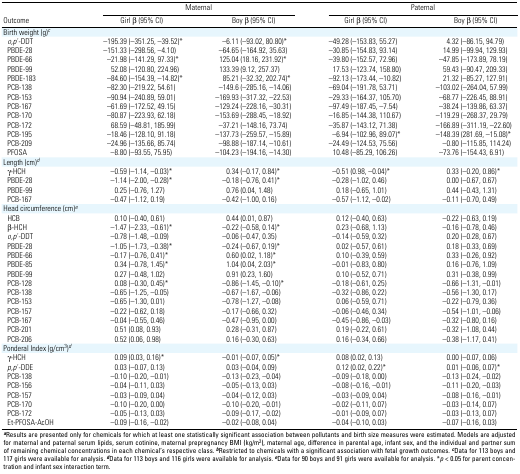
<table><thead><tr><td rowspan="2"><b>Outcome</b></td><td colspan="2"><b>Maternal</b></td><td colspan="2"><b>aternal</b></td></tr><tr><td><b>Girl β (95% CI)</b></td><td><b>Boy β (95% CI)</b></td><td><b>Girl β (95% CI)</b></td><td><b>Boy β (95% CI)</b></td></tr></thead><tbody><tr><td><b>Birth weight (g)<sup><i>c</i></sup></b></td></tr><tr><td><b><i>o,p</i> ́-DDT</b></td><td>–195.39 (–351.25, –39.52)*</td><td>–6.11 (–93.02, 80.80)*</td><td>–49.28 (–153.83, 55.27)</td><td>4.32 (–86.15, 94.79)</td></tr><tr><td><b>PBDE-28</b></td><td>–151.33 (–298.56, –4.10)</td><td>–64.65 (–164.92, 35.63)</td><td>–30.85 (–154.83, 93.14)</td><td>14.99 (–99.94, 129.93)</td></tr><tr><td><b>PBDE-66</b></td><td>–21.98 (–141.29, 97.33)*</td><td>125.04 (18.16, 231.92)*</td><td>–39.80 (–152.57, 72.96)</td><td>–47.85 (–173.89, 78.19)</td></tr><tr><td><b>PBDE-99</b></td><td>52.08 (–120.80, 224.96)</td><td>133.39 (9.12, 257.37)</td><td>17.53 (–123.74, 158.80)</td><td>59.43 (–90.47, 209.33)</td></tr><tr><td><b>PBDE-183</b></td><td>–84.60 (–154.39, –14.82)*</td><td>85.21 (–32.32, 202.74)*</td><td>–92.13 (–173.44, –10.82)</td><td>21.32 (–85.27, 127.91)</td></tr><tr><td><b>PCB-138</b></td><td>–82.30 (–219.22, 54.61)</td><td>–149.6 (–285.16, –14.06)</td><td>–69.04 (–191.78, 53.71)</td><td>–103.02 (–264.04, 57.99)</td></tr><tr><td><b>PCB-153</b></td><td>–90.94 (–240.89, 59.01)</td><td>–169.93 (–317.32, –22.53)</td><td>–29.33 (–164.37, 105.70)</td><td>–68.77 (–226.45, 88.91)</td></tr><tr><td><b>PCB-167</b></td><td>–61.69 (–172.52, 49.15)</td><td>–129.24 (–228.16, –30.31)</td><td>–97.49 (–187.45, –7.54)</td><td>–38.24 (–139.86, 63.37)</td></tr><tr><td><b>PCB-170</b></td><td>–80.87 (–223.93, 62.18)</td><td>–153.69 (–288.45, –18.92)</td><td>–16.85 (–144.38, 110.67)</td><td>–119.29 (–268.37, 29.79)</td></tr><tr><td><b>PCB-172</b></td><td>68.59 (–48.81, 185.99)</td><td>–37.21 (–148.16, 73.74)</td><td>–35.87 (–143.12, 71.38)</td><td>–166.89 (–311.19, –22.60)</td></tr><tr><td><b>PCB-195</b></td><td>–18.46 (–128.10, 91.18)</td><td>–137.73 (–259.57, –15.89)</td><td>–6.94 (–102.96, 89.07)*</td><td>–148.39 (281.69, –15.08)*</td></tr><tr><td><b>PCB-209</b></td><td>–24.96 (–135.66, 85.74)</td><td>–98.88 (–187.14, –10.61)</td><td>–24.49 (–124.53, 75.56)</td><td>–0.80 (–115.85, 114.24)</td></tr><tr><td><b>PFOSA</b></td><td>–8.80 (–93.55, 75.95)</td><td>–104.23 (–194.16, –14.30)</td><td>10.48 (–85.29, 106.26)</td><td>–73.76 (–154.43, 6.91)</td></tr><tr><td><b>Length (cm)<sup><i>d</i></sup></b></td></tr><tr><td><b>γ-HCH</b></td><td>–0.59 (–1.14, –0.03)*</td><td>0.34 (–0.17, 0.84)*</td><td>–0.51 (0.98, –0.04)*</td><td>0.33 (–0.20, 0.86)*</td></tr><tr><td><b>PBDE-28</b></td><td>–1.14 (–2.00, –0.28)*</td><td>–0.18 (–0.76, 0.41)*</td><td>–0.28 (–1.02, 0.46)</td><td>0.00 (–0.67, 0.67)</td></tr><tr><td><b>PBDE-99</b></td><td>0.25 (–0.76, 1.27)</td><td>0.76 (0.04, 1.48)</td><td>0.18 (–0.65, 1.01)</td><td>0.44 (–0.43, 1.31)</td></tr><tr><td><b>PCB-167</b></td><td>–0.47 (–1.12, 0.19)</td><td>–0.42 (–1.00, 0.16)</td><td>–0.57 (–1.12, –0.02)</td><td>–0.11 (–0.70, 0.49)</td></tr><tr><td><b>Head circumference (cm)<sup><i>e</i></sup></b></td></tr><tr><td><b>HCB</b></td><td>0.10 (–0.40, 0.61)</td><td>0.44 (0.01, 0.87)</td><td>0.12 (–0.40, 0.63)</td><td>–0.22 (–0.63, 0.19)</td></tr><tr><td><b>β-HCH</b></td><td>–1.47 (–2.33, –0.61)*</td><td>–0.22 (–0.58, 0.14)*</td><td>0.23 (–0.68, 1.13)</td><td>–0.16 (–0.78, 0.46)</td></tr><tr><td><b><i>o,p</i> ́-DDT</b></td><td>–0.78 (–1.48, –0.09)</td><td>–0.06 (–0.47, 0.35)</td><td>–0.14 (–0.59, 0.32)</td><td>0.20 (–0.28, 0.67)</td></tr><tr><td><b>PBDE-28</b></td><td>–1.05 (–1.73, –0.38)*</td><td>–0.24 (–0.67, 0.19)*</td><td>0.02 (–0.57, 0.61)</td><td>0.18 (–0.33, 0.69)</td></tr><tr><td><b>PBDE-66</b></td><td>–0.17 (–0.76, 0.41)*</td><td>0.60 (0.02, 1.18)*</td><td>0.10 (–0.39, 0.59)</td><td>0.33 (–0.26, 0.92)</td></tr><tr><td><b>PBDE-85</b></td><td>0.34 (–0.78, 1.45)*</td><td>1.04 (0.04, 2.03)*</td><td>–0.01 (–0.83, 0.80)</td><td>0.16 (–0.76, 1.09)</td></tr><tr><td><b>PBDE-99</b></td><td>0.27 (–0.48, 1.02)</td><td>0.91 (0.23, 1.60)</td><td>0.10 (–0.52, 0.71)</td><td>0.31 (–0.38, 0.99)</td></tr><tr><td><b>PCB-128</b></td><td>0.08 (–0.30, 0.45)*</td><td>–0.86 (–1.45, –0.10)*</td><td>–0.18 (–0.61, 0.25)</td><td>–0.66 (–1.31, –0.01)</td></tr><tr><td><b>PCB-138</b></td><td>–0.65 (–1.25, –0.05)</td><td>–0.67 (–1.67, –0.06)</td><td>–0.32 (–0.86, 0.22)</td><td>–0.56 (–1.30, 0.17)</td></tr><tr><td><b>PCB-153</b></td><td>–0.65 (–1.30, 0.01)</td><td>–0.78 (–1.27, –0.08)</td><td>0.06 (–0.59, 0.71)</td><td>–0.22 (–0.79, 0.36)</td></tr><tr><td><b>PCB-157</b></td><td>–0.22 (–0.62, 0.18)</td><td>–0.17 (–0.66, 0.32)</td><td>–0.06 (–0.46, 0.34)</td><td>–0.54 (–1.01, –0.06)</td></tr><tr><td><b>PCB-167</b></td><td>–0.04 (–0.55, 0.46)</td><td>–0.47 (–0.95, 0.00)</td><td>–0.45 (–0.86, –0.03)</td><td>–0.32 (–0.80, 0.16)</td></tr><tr><td><b>PCB-201</b></td><td>0.51 (0.08, 0.93)</td><td>0.28 (–0.31, 0.87)</td><td>0.19 (–0.22, 0.61)</td><td>–0.32 (–1.08, 0.44)</td></tr><tr><td><b>PCB-206</b></td><td>0.52 (0.06, 0.98)</td><td>0.16 (–0.30, 0.63)</td><td>0.16 (–0.34, 0.66)</td><td>–0.38 (–1.17, 0.41)</td></tr><tr><td><b>Ponderal Index (g/cm<sup>3</sup>)<sup><i>d</i></sup></b></td></tr><tr><td><b>γ-HCH</b></td><td>0.09 (0.03, 0.16)*</td><td>–0.01 (–0.07, 0.05)*</td><td>0.08 (0.02, 0.13)</td><td>0.00 (–0.07, 0.06)</td></tr><tr><td><b><i>p,p</i> ́-DDE</b></td><td>0.03 (–0.07, 0.13)</td><td>0.03 (–0.04, 0.09)</td><td>0.12 (0.02, 0.22)*</td><td>0.01 (–0.06, 0.07)*</td></tr><tr><td><b>PCB-138</b></td><td>–0.10 (–0.20, –0.01)</td><td>–0.13 (–0.23, –0.04)</td><td>–0.09 (–0.18, 0.00)</td><td>–0.13 (–0.24, –0.02)</td></tr><tr><td><b>PCB-156</b></td><td>–0.04 (–0.11, 0.03)</td><td>–0.05 (–0.13, 0.03)</td><td>–0.08 (–0.16, –0.01)</td><td>–0.11 (–0.20, –0.03)</td></tr><tr><td><b>PCB-157</b></td><td>–0.03 (–0.09, 0.04)</td><td>–0.04 (–0.12, 0.03)</td><td>–0.03 (–0.09, 0.04)</td><td>–0.08 (–0.16, –0.01)</td></tr><tr><td><b>PCB-170</b></td><td>–0.10 (–0.20, 0.00)</td><td>–0.10 (–0.20, –0.01)</td><td>–0.02 (–0.11, 0.07)</td><td>–0.03 (–0.14, 0.07)</td></tr><tr><td><b>PCB-172</b></td><td>–0.05 (–0.13, 0.03)</td><td>–0.09 (–0.17, –0.02)</td><td>–0.01 (–0.09, 0.07)</td><td>–0.03 (–0.13, 0.07)</td></tr><tr><td><b>Et-PFOSA-AcOH</b></td><td>–0.09 (–0.16, –0.02)</td><td>–0.02 (–0.08, 0.04)</td><td>–0.04 (–0.10, 0.03)</td><td>–0.07 (–0.16, 0.03)</td></tr><tr><td colspan="5"><sup><i><b>a</b></i></sup>Results are presented only for chemicals for which at least one statistically significant association between pollutants and birth size measures were estimated. Models are adjusted for maternal and paternal serum lipids, serum cotinine, maternal prepregnancy BMI (kg/m<sup>2</sup>), maternal age, difference in parental age, infant sex, and the individual and partner sum of remaining chemical concentrations in each chemical’s respective class. <sup><i><b>b</b></i></sup>Restricted to chemicals with a significant association with fetal growth outcomes. <sup><i><b>c</b></i></sup>Data for 113 boys and 117 girls were available for analysis. <sup><i><b>d</b></i></sup>Data for 113 boys and 116 girls were available for analysis. <sup><i><b>e</b></i></sup>Data for 90 boys and 91 girls were available for analysis. *<i>p </i>&lt; 0.05 for parent concentration and infant sex interaction term.</td></tr></tbody></table>